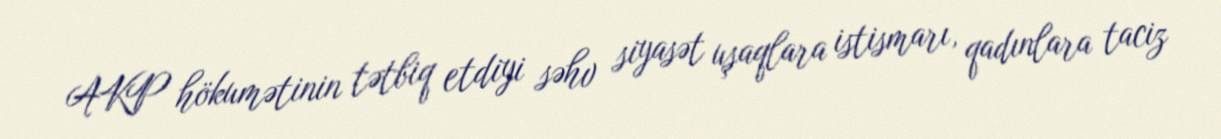
AKP hökumətinin tətbiq etdiyi səhv siyasət uşaqlara istismarı, qadınlara taciz